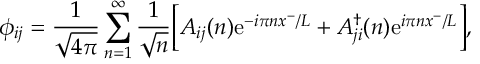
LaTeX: \phi _ { i j } = \frac { 1 } { \sqrt { 4 \pi } } \sum _ { n = 1 } ^ { \infty } \frac { 1 } { \sqrt { n } } \bigg [ A _ { i j } ( n ) \mathrm { e } ^ { - i \pi n x ^ { - } / L } + A _ { j i } ^ { \dag } ( n ) \mathrm { e } ^ { i \pi n x ^ { - } / L } \bigg ] ,